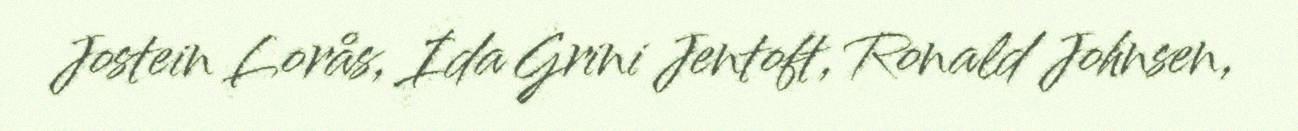
Jostein Lorås, Ida Grini Jentoft, Ronald Johnsen,